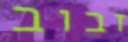
זבוב